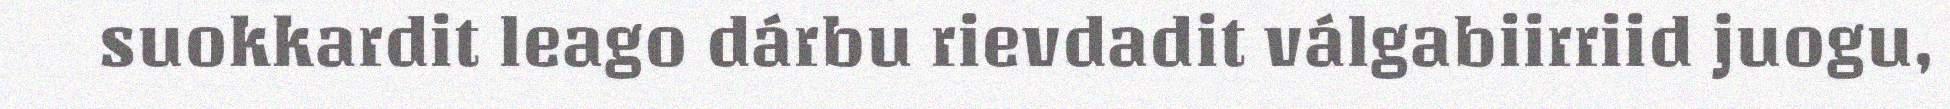
suokkardit leago dárbu rievdadit válgabiirriid juogu,